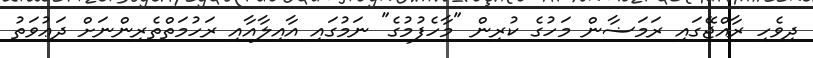
ދިވެހި ރާއްޖޭގައި ރަމަޟާން މަހުގެ ކުރިން "މާހެފުމުގެ" ނަމުގައި އާއިލާއާއި ރަހުމަތްތެރިންނަށް ދަޢުވަތު